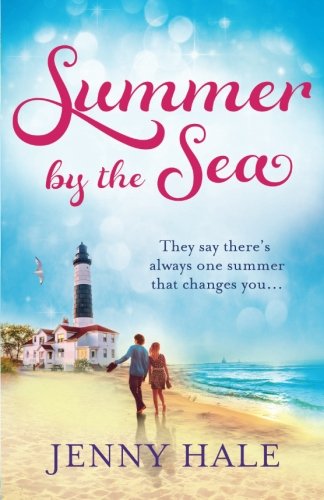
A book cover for Summer by the Sea: A perfect, feel-good summer romance; Jenny Hale; Romance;